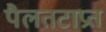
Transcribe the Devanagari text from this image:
पैलतटाप्रत